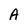
Character: A